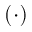
( \cdot )